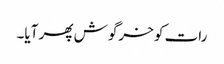
رات کو خرگوش پھر آیا۔